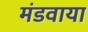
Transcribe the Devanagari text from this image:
मंडवाया